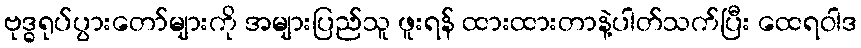
ဗုဒ္ဓရုပ်ပွားတော်များကို အများပြည်သူ ဖူးရန် ထားထားတာနဲ့ပါတ်သက်ပြီး ထေရဝါဒ